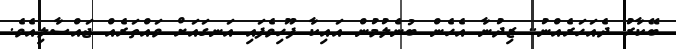
ބޭކާރު ދެއަހަރެއްނު.. ޒިދުނާ އެހެން ބުނެލުމުން އައިކާ ފޫހިވެފައި އަނގައަށް ވައްތަރެއް ޖައްސާލިއެވެ.